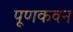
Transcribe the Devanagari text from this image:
पूणकवन